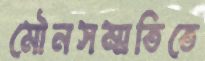
মৌনসম্মতিতে